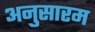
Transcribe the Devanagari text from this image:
अनुसारम